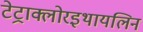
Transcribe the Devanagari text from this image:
टेट्राक्लोरइथायलिन